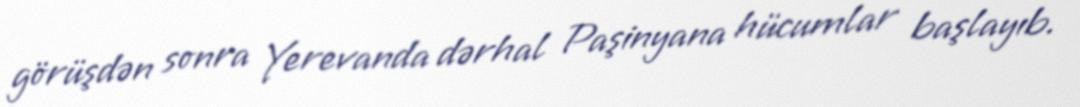
görüşdən sonra Yerevanda dərhal Paşinyana hücumlar başlayıb.